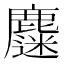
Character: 𪋗